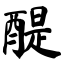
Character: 醍